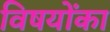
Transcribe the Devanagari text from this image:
विषयोंका